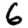
Digit: 6